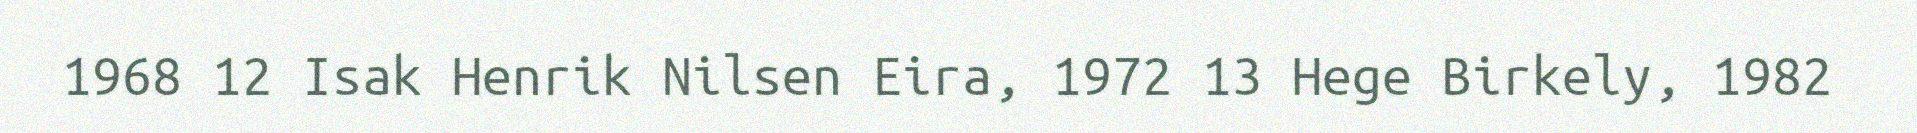
1968 12 Isak Henrik Nilsen Eira, 1972 13 Hege Birkely, 1982